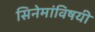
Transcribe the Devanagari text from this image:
सिनेमांविषयी